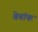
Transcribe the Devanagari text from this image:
बेबांक